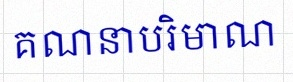
គណនាបរិមាណ